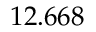
1 2 . 6 6 8 \